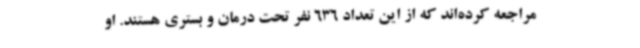
مراجعه کرده‌اند که از این تعداد 636 نفر تحت درمان و بستری هستند. او